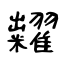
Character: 糶